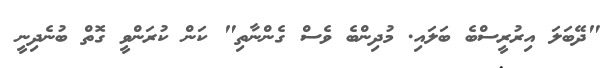
"ދޭބަލަ އިރުރީސްބެ ބަލައި. މުދިންބެ ވެސް ގެންނާތި" ކަން ކުރަންވީ ގޮތް ބުނެދިނީ